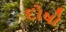
દોષો